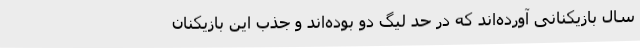
سال بازیکنانی آورده‌اند که در حد لیگ دو بوده‌اند و جذب این بازیکنان